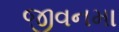
જીવનમા